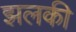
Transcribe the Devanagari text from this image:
झलकी